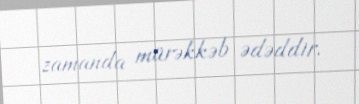
zamanda mürəkkəb ədəddir.